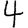
Digit: 4